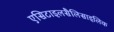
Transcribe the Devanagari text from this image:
एसिटाइलसैलिसाइलिक